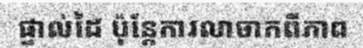
ផ្ទាល់ដៃ ប៉ុន្តែការលាចាកពីភាព